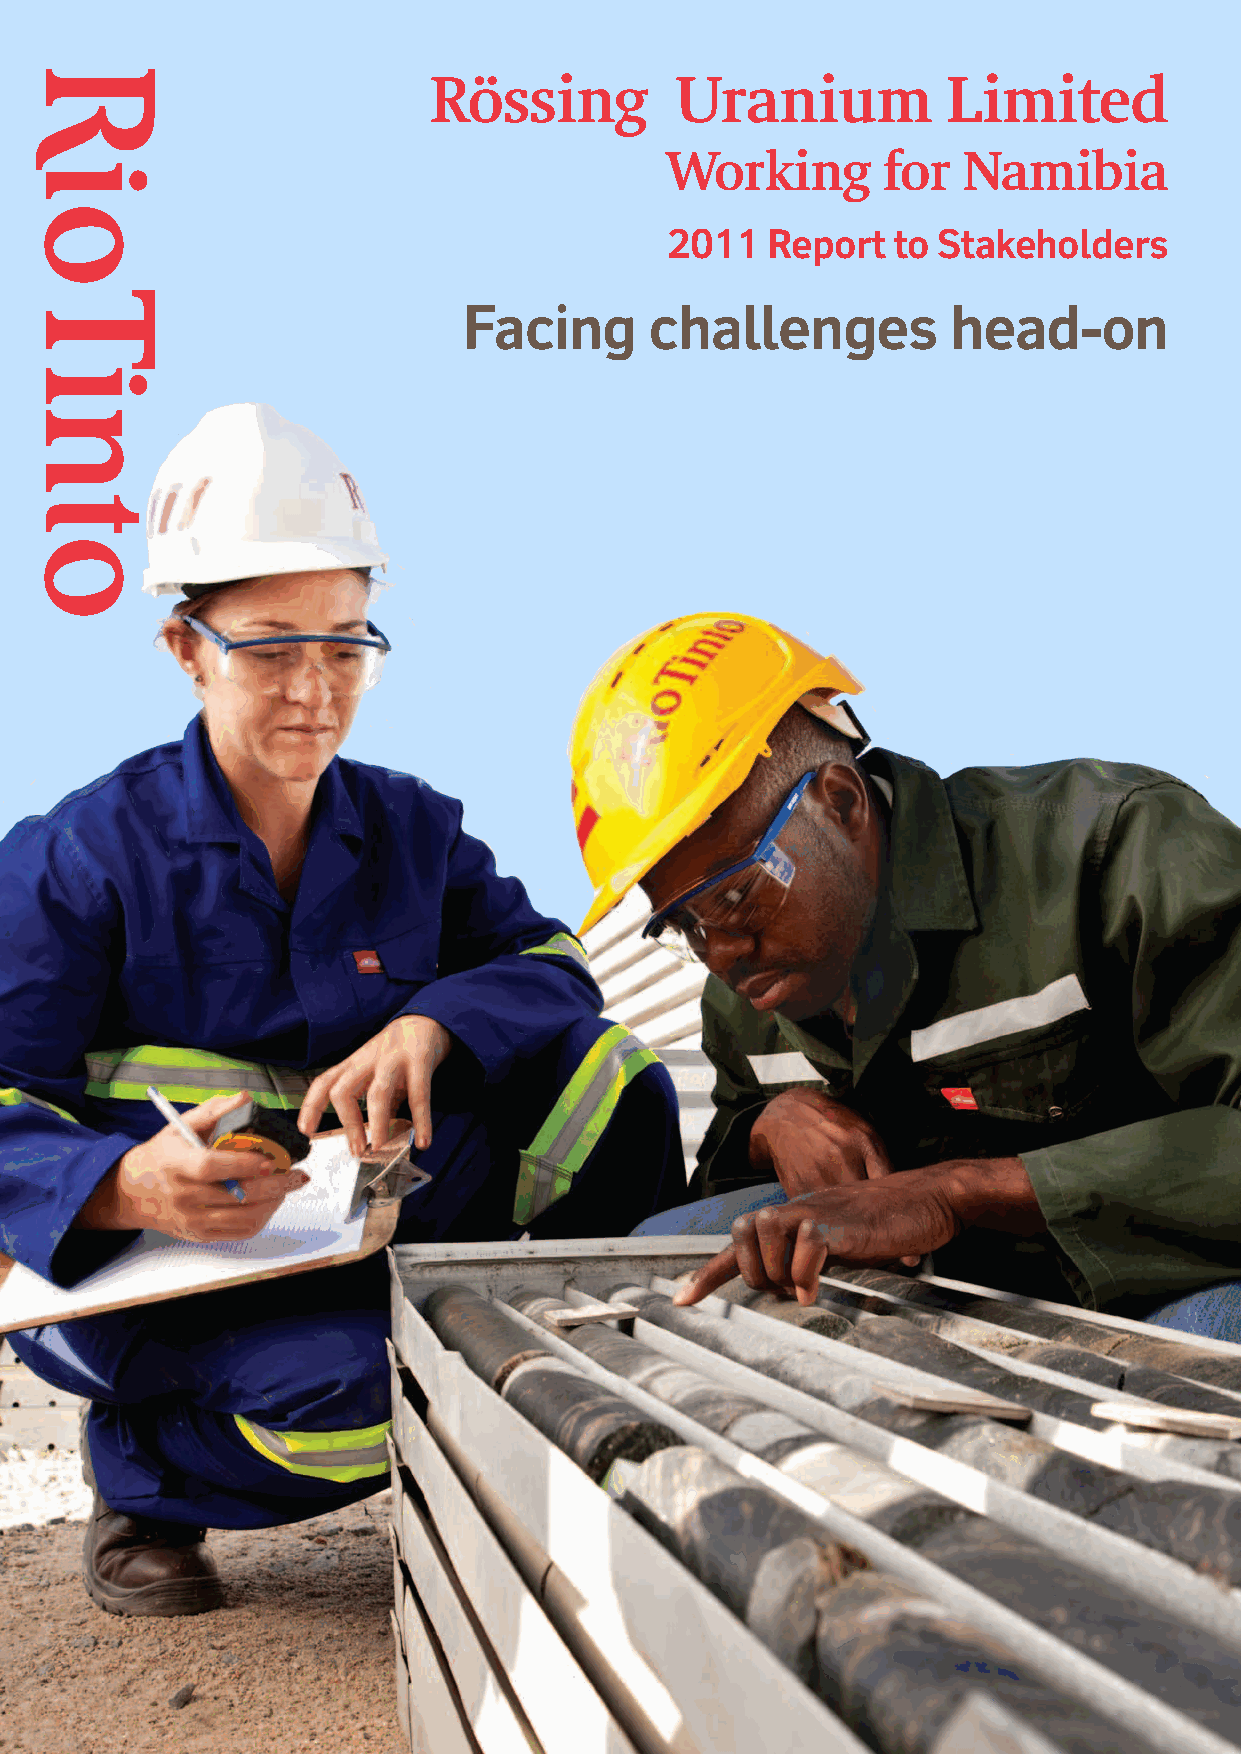
Rössing          Uranium           Limited
 Working       for   Namibia
 2011   Report  to Stakeholders
 Facing      challenges          head-on